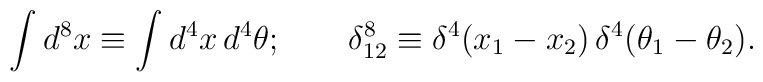
\int d^8x \equiv \int d^4x\, d^4\theta;\qquad\delta^8_{12} \equiv \delta^4(x_1-x_2)\,\delta^4(\theta_1-\theta_2).